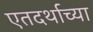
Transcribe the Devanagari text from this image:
एतदर्थाच्या